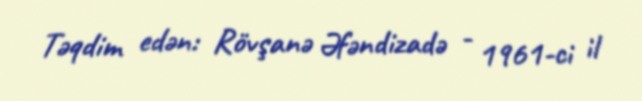
Təqdim edən: Rövşanə Əfəndizadə - 1961-ci il